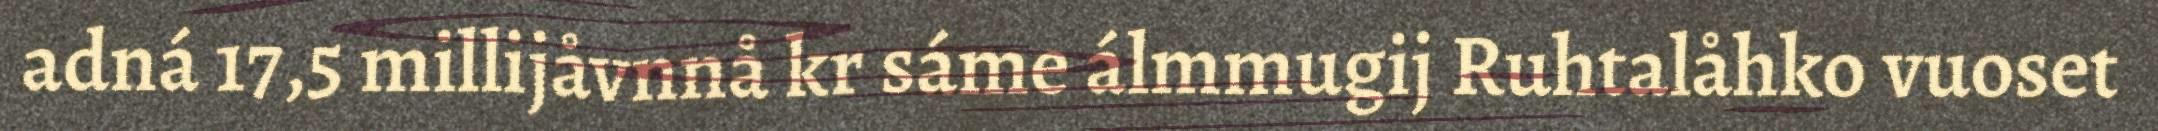
adná 17,5 millijåvnnå kr sáme álmmugij Ruhtalåhko vuoset